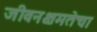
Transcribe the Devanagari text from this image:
जीवनक्षमतेचा